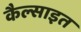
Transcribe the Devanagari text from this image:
कैल्साइत